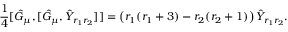
\frac { 1 } { 4 } [ \hat { G } _ { \mu } , [ \hat { G } _ { \mu } , \hat { Y } _ { r _ { 1 } r _ { 2 } } ] ] = \left( r _ { 1 } ( r _ { 1 } + 3 ) - r _ { 2 } ( r _ { 2 } + 1 ) \right) \hat { Y } _ { r _ { 1 } r _ { 2 } } .